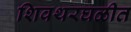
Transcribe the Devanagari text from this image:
शिवथरघळीत